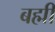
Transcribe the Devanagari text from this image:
बह्मी